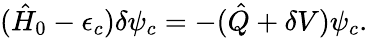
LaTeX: (\hat{H}_{0}-\epsilon_{c})\delta\psi_{c}=-(\hat{Q}+\delta V)\psi_{c}.